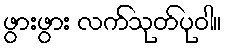
ဖွားဖွား လက်သုတ်ပုဝါ။